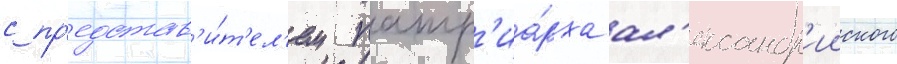
с пр'едстав'и́т'ел'ем патр'иа́рха ал'ександр'ииского